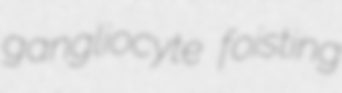
gangliocyte foisting